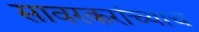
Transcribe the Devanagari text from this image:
सावरकरांच्याच